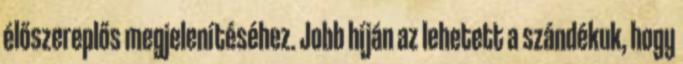
élőszereplős megjelenítéséhez. Jobb híján az lehetett a szándékuk, hogy